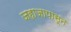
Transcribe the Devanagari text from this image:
जहाजापासून